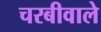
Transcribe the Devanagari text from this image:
चरबीवाले